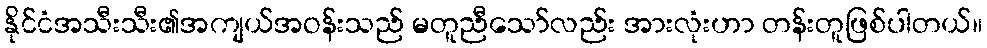
နိုင်ငံအသီးသီး၏အကျယ်အဝန်းသည် မတူညီသော်လည်း အားလုံးဟာ တန်းတူဖြစ်ပါတယ်။